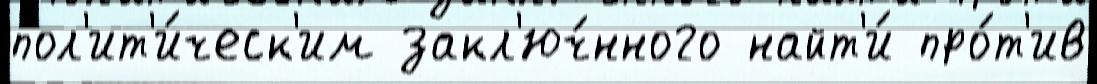
пол'ит'и́ческ'им закл'юч́нного найт'и́ про́т'ив